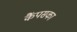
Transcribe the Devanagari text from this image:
कैंपसका